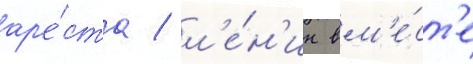
ар'е́ста / л'е́н'ин вм'е́ст'е